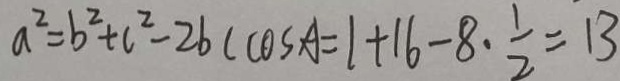
a ^ { 2 } = b ^ { 2 } + c ^ { 2 } - 2 b c \cos A = 1 + 1 6 - 8 \cdot \frac { 1 } { 2 } = 1 3